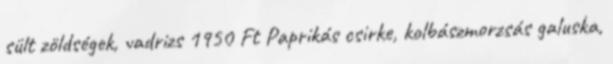
sült zöldségek, vadrizs 1950 Ft Paprikás csirke, kolbászmorzsás galuska,